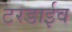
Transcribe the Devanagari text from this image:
टरडाईव